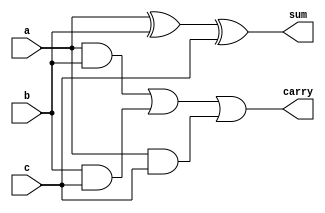
`timescale 1ns / 1ps
module fa(
    input a,
    input b,
    input c,
    output sum,
    output carry);
	 wire w2,w3;
	 xor x1(sum,a,b,c);
	 and a1(w1,a,b);
	 and a2(w2,b,c);
	 and a3(w3,a,c);
	 or o1(carry,w1,w2,w3);
endmodule

module fa_4bit (a,b,cin,sum,cout);
input [3:0]a,b;
input cin;
output [3:0] sum;
wire [3:0] c;
output cout;


fa f0 (a[0],b[0],cin,sum[0],c[0]);
fa f1 (a[1],b[1],c[0],sum[1],c[1]);
fa f2 (a[2],b[2],c[1],sum[2],c[2]);
fa f3 (a[3],b[3],c[2],sum[3],cout);

endmodule